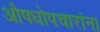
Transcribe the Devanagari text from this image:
औषधोपचारांना